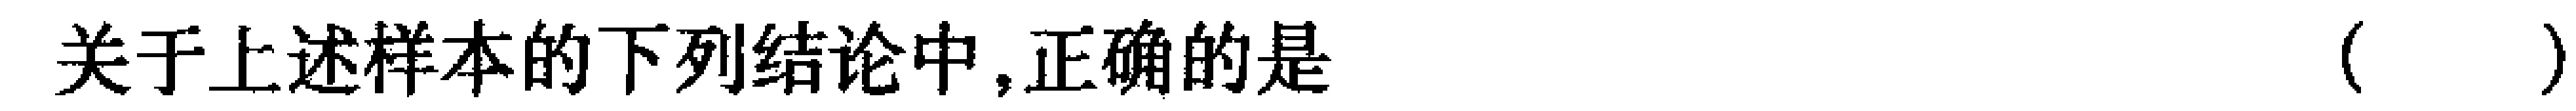
关于上述样本的下列结论中,正确的是（  ）